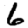
Digit: 6